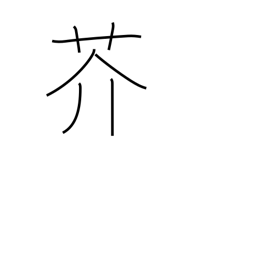
Meaning: rape